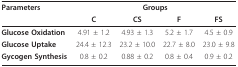
<table><thead><tr><td><b>Parameters</b></td><td colspan="4"><b>Groups</b></td></tr><tr><td>[EMPTY_CELL]</td><td><b>C</b></td><td><b>CS</b></td><td><b>F</b></td><td><b>FS</b></td></tr></thead><tbody><tr><td><b>Glucose Oxidation</b></td><td>4.91 ± 1.2</td><td>4.93 ± 1.3</td><td>5.2 ± 1.7</td><td>4.5 ± 0.9</td></tr><tr><td><b>Glucose Uptake</b></td><td>24.4 ± 12.3</td><td>23.2 ± 10.0</td><td>22.7 ± 8.0</td><td>23.0 ± 9.8</td></tr><tr><td><b>Gycogen Synthesis</b></td><td>0.8 ± 0.2</td><td>0.88 ± 0.2</td><td>0.8 ± 0.4</td><td>0.9 ± 0.2</td></tr></tbody></table>